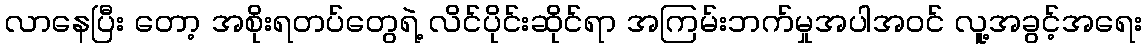
လာနေပြီး တော့ အစိုးရတပ်တွေရဲ့ လိင်ပိုင်းဆိုင်ရာ အကြမ်းဘက်မှုအပါအဝင် လူ့အခွင့်အရေး